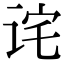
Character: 诧